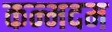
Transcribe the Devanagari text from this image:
कन्मदम